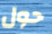
حول